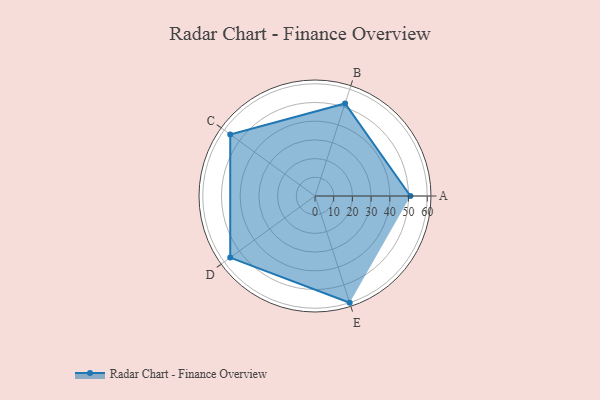
{"axis": {"x": "Skill", "y": "Score"}, "legend": ["Profile"], "data": [{"x": "A", "y": 51.0, "type": "Profile"}, {"x": "B", "y": 52.0, "type": "Profile"}, {"x": "C", "y": 56.0, "type": "Profile"}, {"x": "D", "y": 56.0, "type": "Profile"}, {"x": "E", "y": 60.0, "type": "Profile"}]}